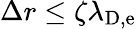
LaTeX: \Delta r\leq\zeta\lambda_{\mathrm{D,e}}